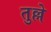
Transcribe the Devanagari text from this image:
तुल्ले